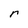
Character: r